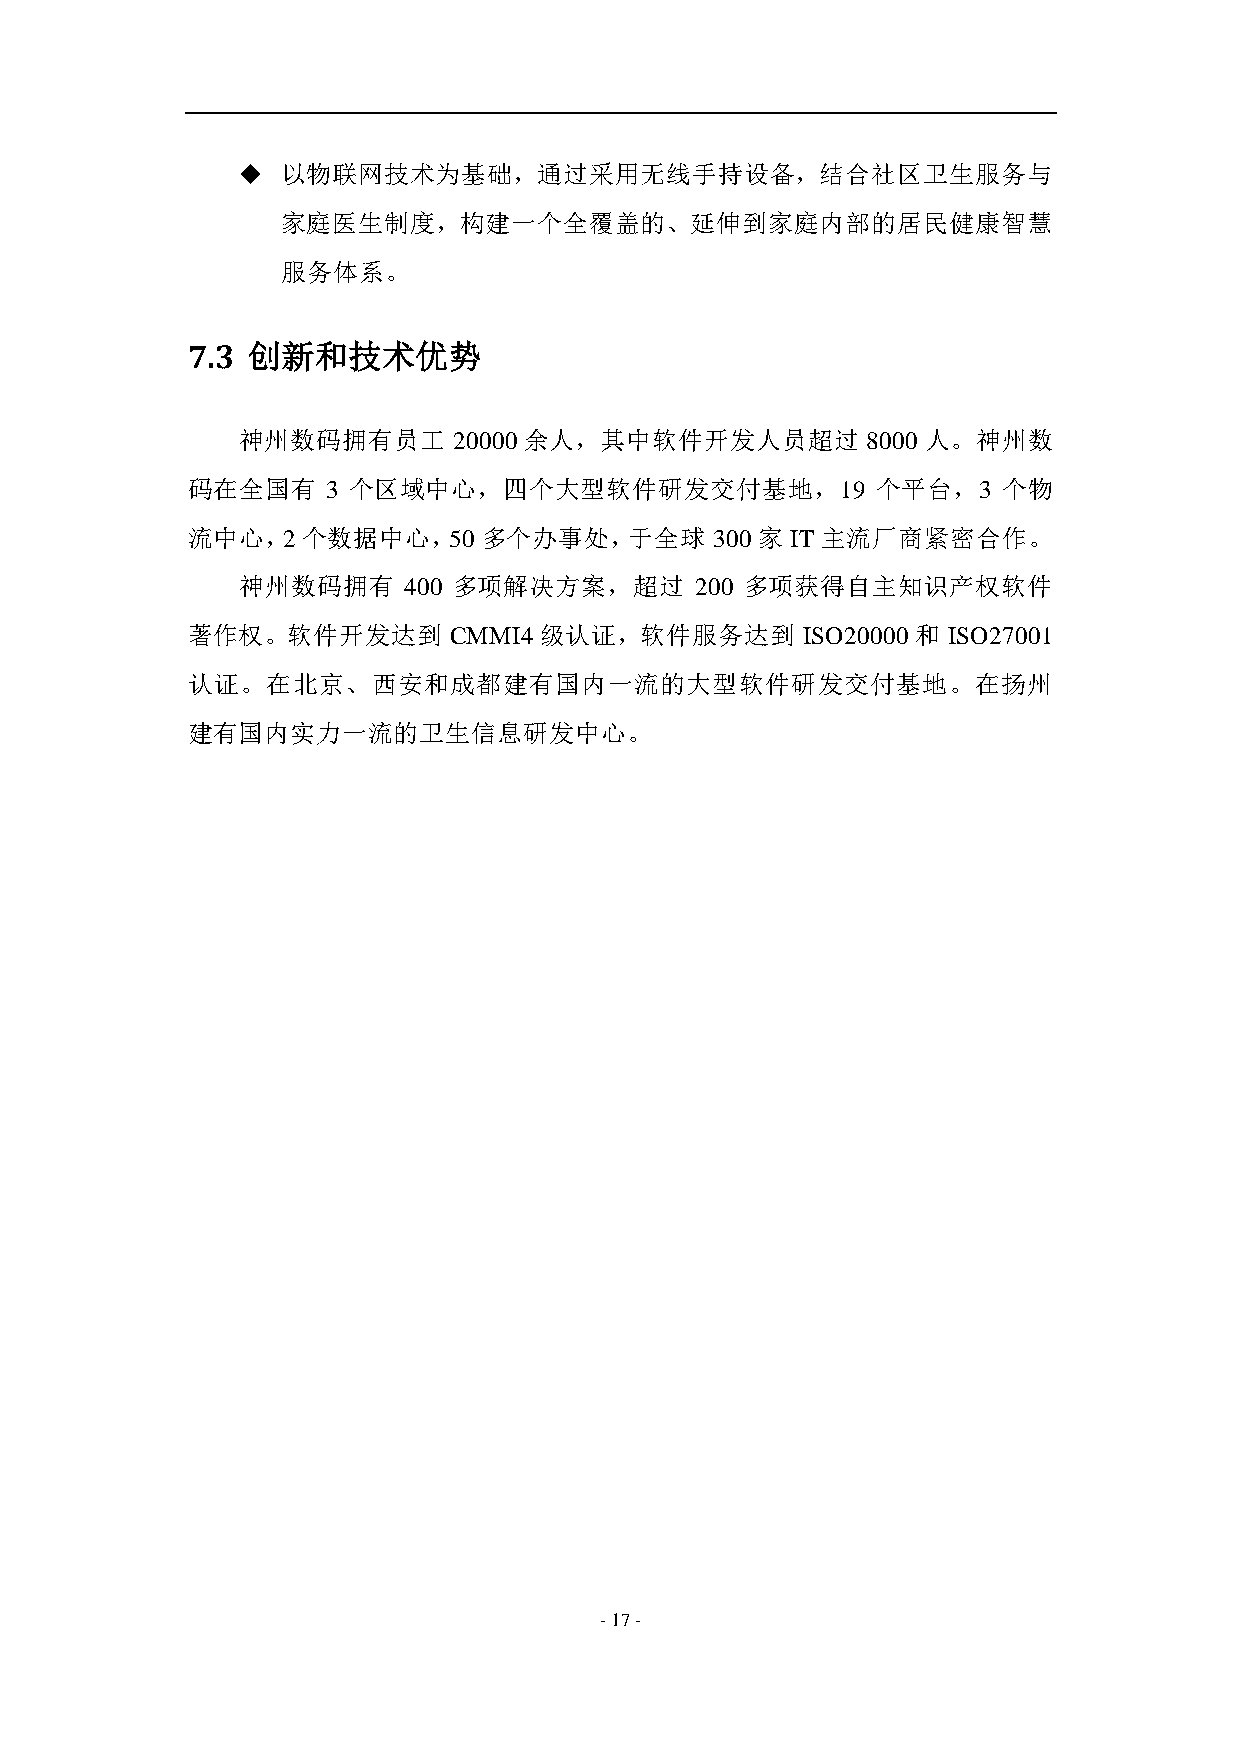
  以物联网技术为基础，通过采用无线手持设备，结合社区卫生服务与
 家庭医生制度，构建一个全覆盖的、延伸到家庭内部的居民健康智慧
 服务体系。
 7.3 创新和技术优势
 神州数码拥有员工      20000 余人，其中软件开发人员超过        8000 人。神州数
 码在全国有     3 个区域中心，四个大型软件研发交付基地，19             个平台，3   个物
 流中心，2   个数据中心，50    多个办事处，于全球      300 家 IT 主流厂商紧密合作。
 神州数码拥有     400 多项解决方案，超过      200 多项获得自主知识产权软件
 著作权。软件开发达到        CMMI4 级认证，软件服务达到       ISO20000 和 ISO27001
 认证。在北京、西安和成都建有国内一流的大型软件研发交付基地。在扬州
 建有国内实力一流的卫生信息研发中心。
 - 17 -